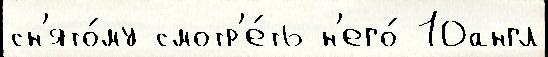
сн'ято́му смотр'е́ть н'его́ 10англ